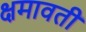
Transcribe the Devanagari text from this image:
क्षमावती